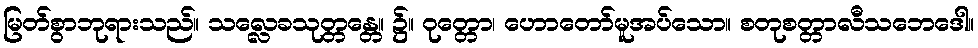
မြတ်စွာဘုရားသည်။ သလ္လေခသုတ္တန္တေ။ ၌။ ဝုတ္တော၊ ဟောတော်မူအပ်သော။ စတုစတ္တာလီသဘေဒေါ။